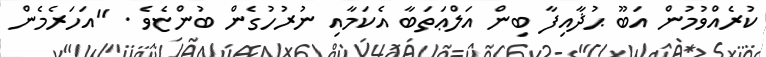
ކުރެއްވުމުން އަބޫ ޙުޛާއިފާ ބިން އަލްޢަތަބާ އެކަމާއި ނުރުހުގެން ބުންޏެވެ . ''އަހަރެމެން